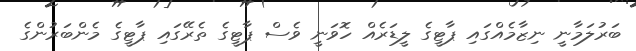
ބަރުލަމާނީ ނިޒާމެއްގައި ޕާޓީގެ ލީޑަރެއް ހޮވަނީ ވެސް ޕާޓީގެ ތެރޭގައި ޕާޓީގެ މެންބަރުންގެ